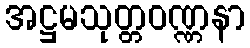
အဋ္ဌမသုတ္တဝဏ္ဏနာ